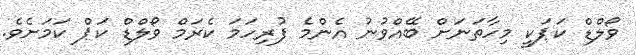
ވޯލްޑް ކަޕަކީ މިހާތަނަށް ބޭއްވުނު އެންމެ ފުރިހަމަ ކެރަމް ވޯލްޑް ކަޕް ކަމަށެވެ.